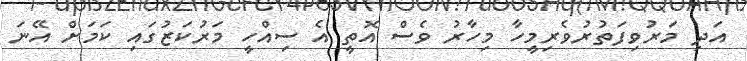
އަދި މަރުވިފަތުރުވެރިމީހާ މިހާރު ވެސް އޮތީ އެ ސިއްހީ މަރުކަޒުގައި ކަމަށް އޭނަ